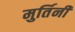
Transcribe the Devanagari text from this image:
मुर्तिनी